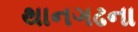
થાનગઢના